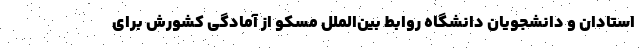
استادان و دانشجویان دانشگاه روابط بین‌الملل مسکو از آمادگی کشورش برای